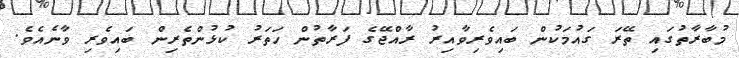
މުބާރާތުގައި ތޭރަ ގައުމަކުން ބައިވެރިވާއިރު ރާއްޖޭގެ ފަރާތުން ހަތަރު ކުޅުންތެރިން ބައިވެރި ވާނެއެވެ.